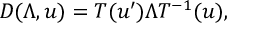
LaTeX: D ( \Lambda , u ) = T ( u ^ { \prime } ) \Lambda T ^ { - 1 } ( u ) ,